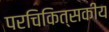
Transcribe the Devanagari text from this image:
परचिकित्सकीय